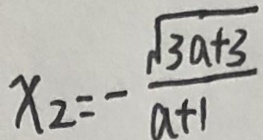
x _ { 2 } = - \frac { \sqrt { 3 a + 3 } } { a + 1 }